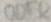
Text: ODER